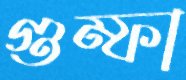
গুম্ফা